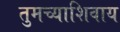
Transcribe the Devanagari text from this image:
तुमच्याशिवाय